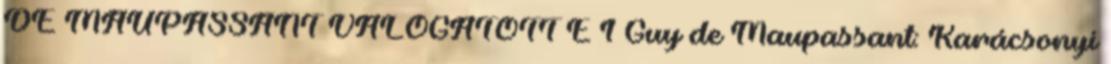
DE MAUPASSANT VÁLOGATOTT E 1 Guy de Maupassant: Karácsonyi